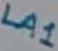
Text: LA1